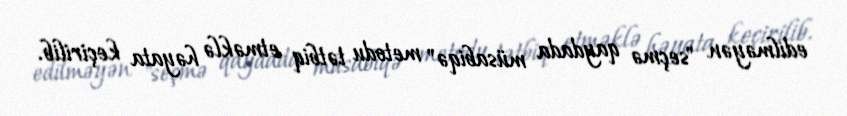
edilməyən "seçmə qaydada müsabiqə" metodu tətbiq etməklə həyata keçirilib.